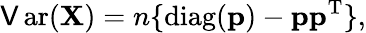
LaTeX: \operatorname{\mathsf{V}ar}(\mathbf{{X}})=n\lbrace\operatorname{diag}(\mathbf{{p}})-\mathbf{{p}}\mathbf{{p}}^{\mathrm{{{T}}}}\rbrace,